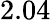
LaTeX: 2.04